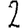
Digit: 2